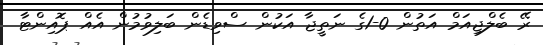
ރޭ ބެލްޖިއަމް އަތުން 0-1ގެ ނަތީޖާ އަކުން ސްވިޑެން ބަލިވުމުން އެއް ޕޮއިންޓާ